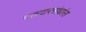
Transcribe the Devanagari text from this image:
मतदारसंघांस